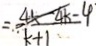
= \frac { 4 x - 4 k - 4 } { k + 1 }